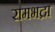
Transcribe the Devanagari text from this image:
रामभद्रा